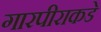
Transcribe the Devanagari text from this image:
गारपीराकडे